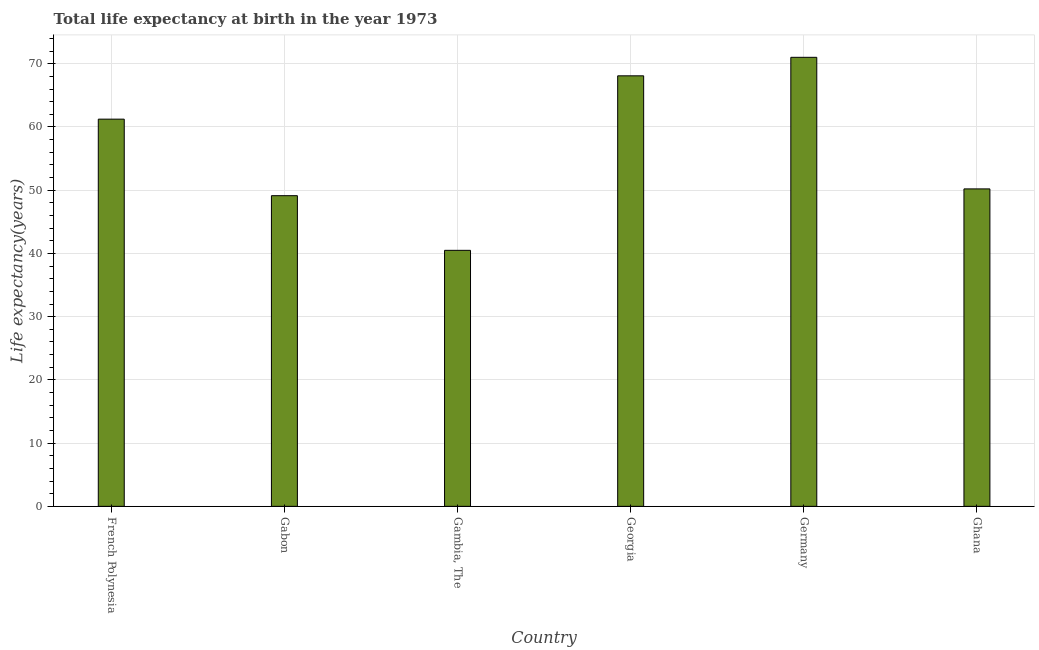
| Country | Life expectancy at birth |
 | --- | --- |
 | French Polynesia | 61.2 |
 | Gabon | 49.1 |
 | Gambia, The | 40.5 |
 | Georgia | 68.1 |
 | Germany | 71 |
 | Ghana | 50.2 |